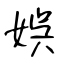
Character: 娯